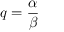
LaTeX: q = { \frac { \alpha } { \beta } }